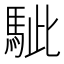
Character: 𩢭